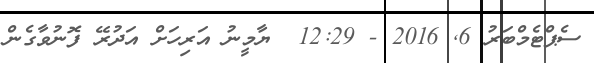
ސެޕްޓެމްބަރު 6